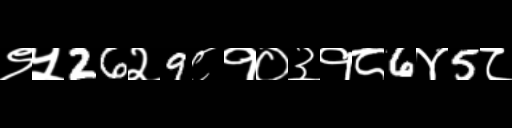
Text: ९५26२9८१०३१८6४5८